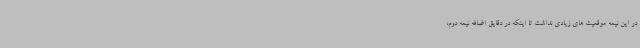
در این نیمه موقعیت های زیادی نداشت تا اینکه در دقایق اضافه نیمه دوم،